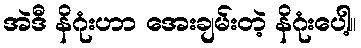
အဲဒီ နိဂုံးဟာ အေးချမ်းတဲ့ နိဂုံးပေါ့။